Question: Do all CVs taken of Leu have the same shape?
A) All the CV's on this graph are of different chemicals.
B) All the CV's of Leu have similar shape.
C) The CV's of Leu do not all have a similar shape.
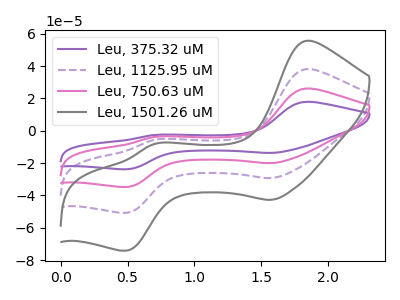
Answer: <think>The purple curve "Leu, 375.32 uM" has anodic peaks at (1.85V, 17.85uA) (0.70V, -2.65uA) and cathodic peaks at (1.55V, -13.75uA) (0.50V, -23.85uA). The purple dashed curve "Leu, 1125.95 uM" has anodic peaks at (1.85V, 52.15uA) (0.70V, -7.70uA) and cathodic peaks at (1.55V, -40.10uA) (0.50V, -69.55uA). The pink curve "Leu, 750.63 uM" has anodic peaks at (1.85V, 26.05uA) (0.70V, -3.85uA) and cathodic peaks at (1.55V, -20.05uA) (0.50V, -34.80uA). The gray curve "Leu, 1501.26 uM" has anodic peaks at (1.85V, 78.20uA) (0.70V, -11.50uA) and cathodic peaks at (1.55V, -60.10uA) (0.50V, -104.35uA).
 All the peaks in "Leu, 375.32 uM" have a peak in "Leu, 1125.95 uM" at the same potential. All the peaks in "Leu, 375.32 uM" have a peak in "Leu, 750.63 uM" at the same potential. All the peaks in "Leu, 375.32 uM" have a peak in "Leu, 1501.26 uM" at the same potential. All the peaks in "Leu, 1125.95 uM" have a peak in "Leu, 750.63 uM" at the same potential. All the peaks in "Leu, 1125.95 uM" have a peak in "Leu, 1501.26 uM" at the same potential. All the peaks in "Leu, 750.63 uM" have a peak in "Leu, 1501.26 uM" at the same potential.</think>
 <answer>B) All the CV's of "Leu" have similar shape.</answer>
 <eval>B</eval>